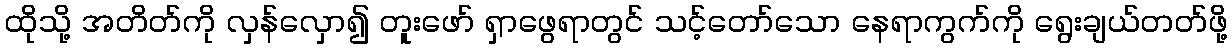
ထိုသို့ အတိတ်ကို လှန်လှော၍ တူးဖော် ရှာဖွေရာတွင် သင့်တော်သော နေရာကွက်ကို ရွေးချယ်တတ်ဖို့